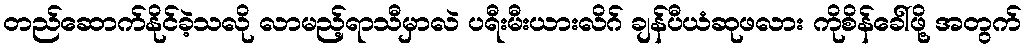
တည်ဆောက်နိုင်ခဲ့သလို လာမည့်ရာသီမှာလဲ ပရီးမီးယားလိဂ် ချန်ပီယံဆုဖလား ကိုစိန်ခေါ်ဖို့ အတွက်